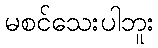
မစင်သေးပါဘူး